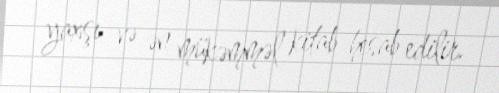
yaxşı və ən mükəmməl kitab hesab edilir.